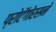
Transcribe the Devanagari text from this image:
प्रोटॅगोरसने